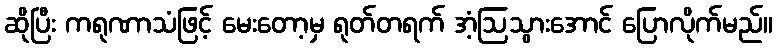
ဆိုပြီး ကရုဏာသံဖြင့် မေးတော့မှ ရုတ်တရက် အံ့ဩသွားအောင် ပြောလိုက်မည်။